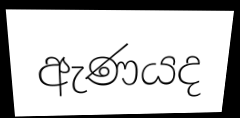
ඇණයද